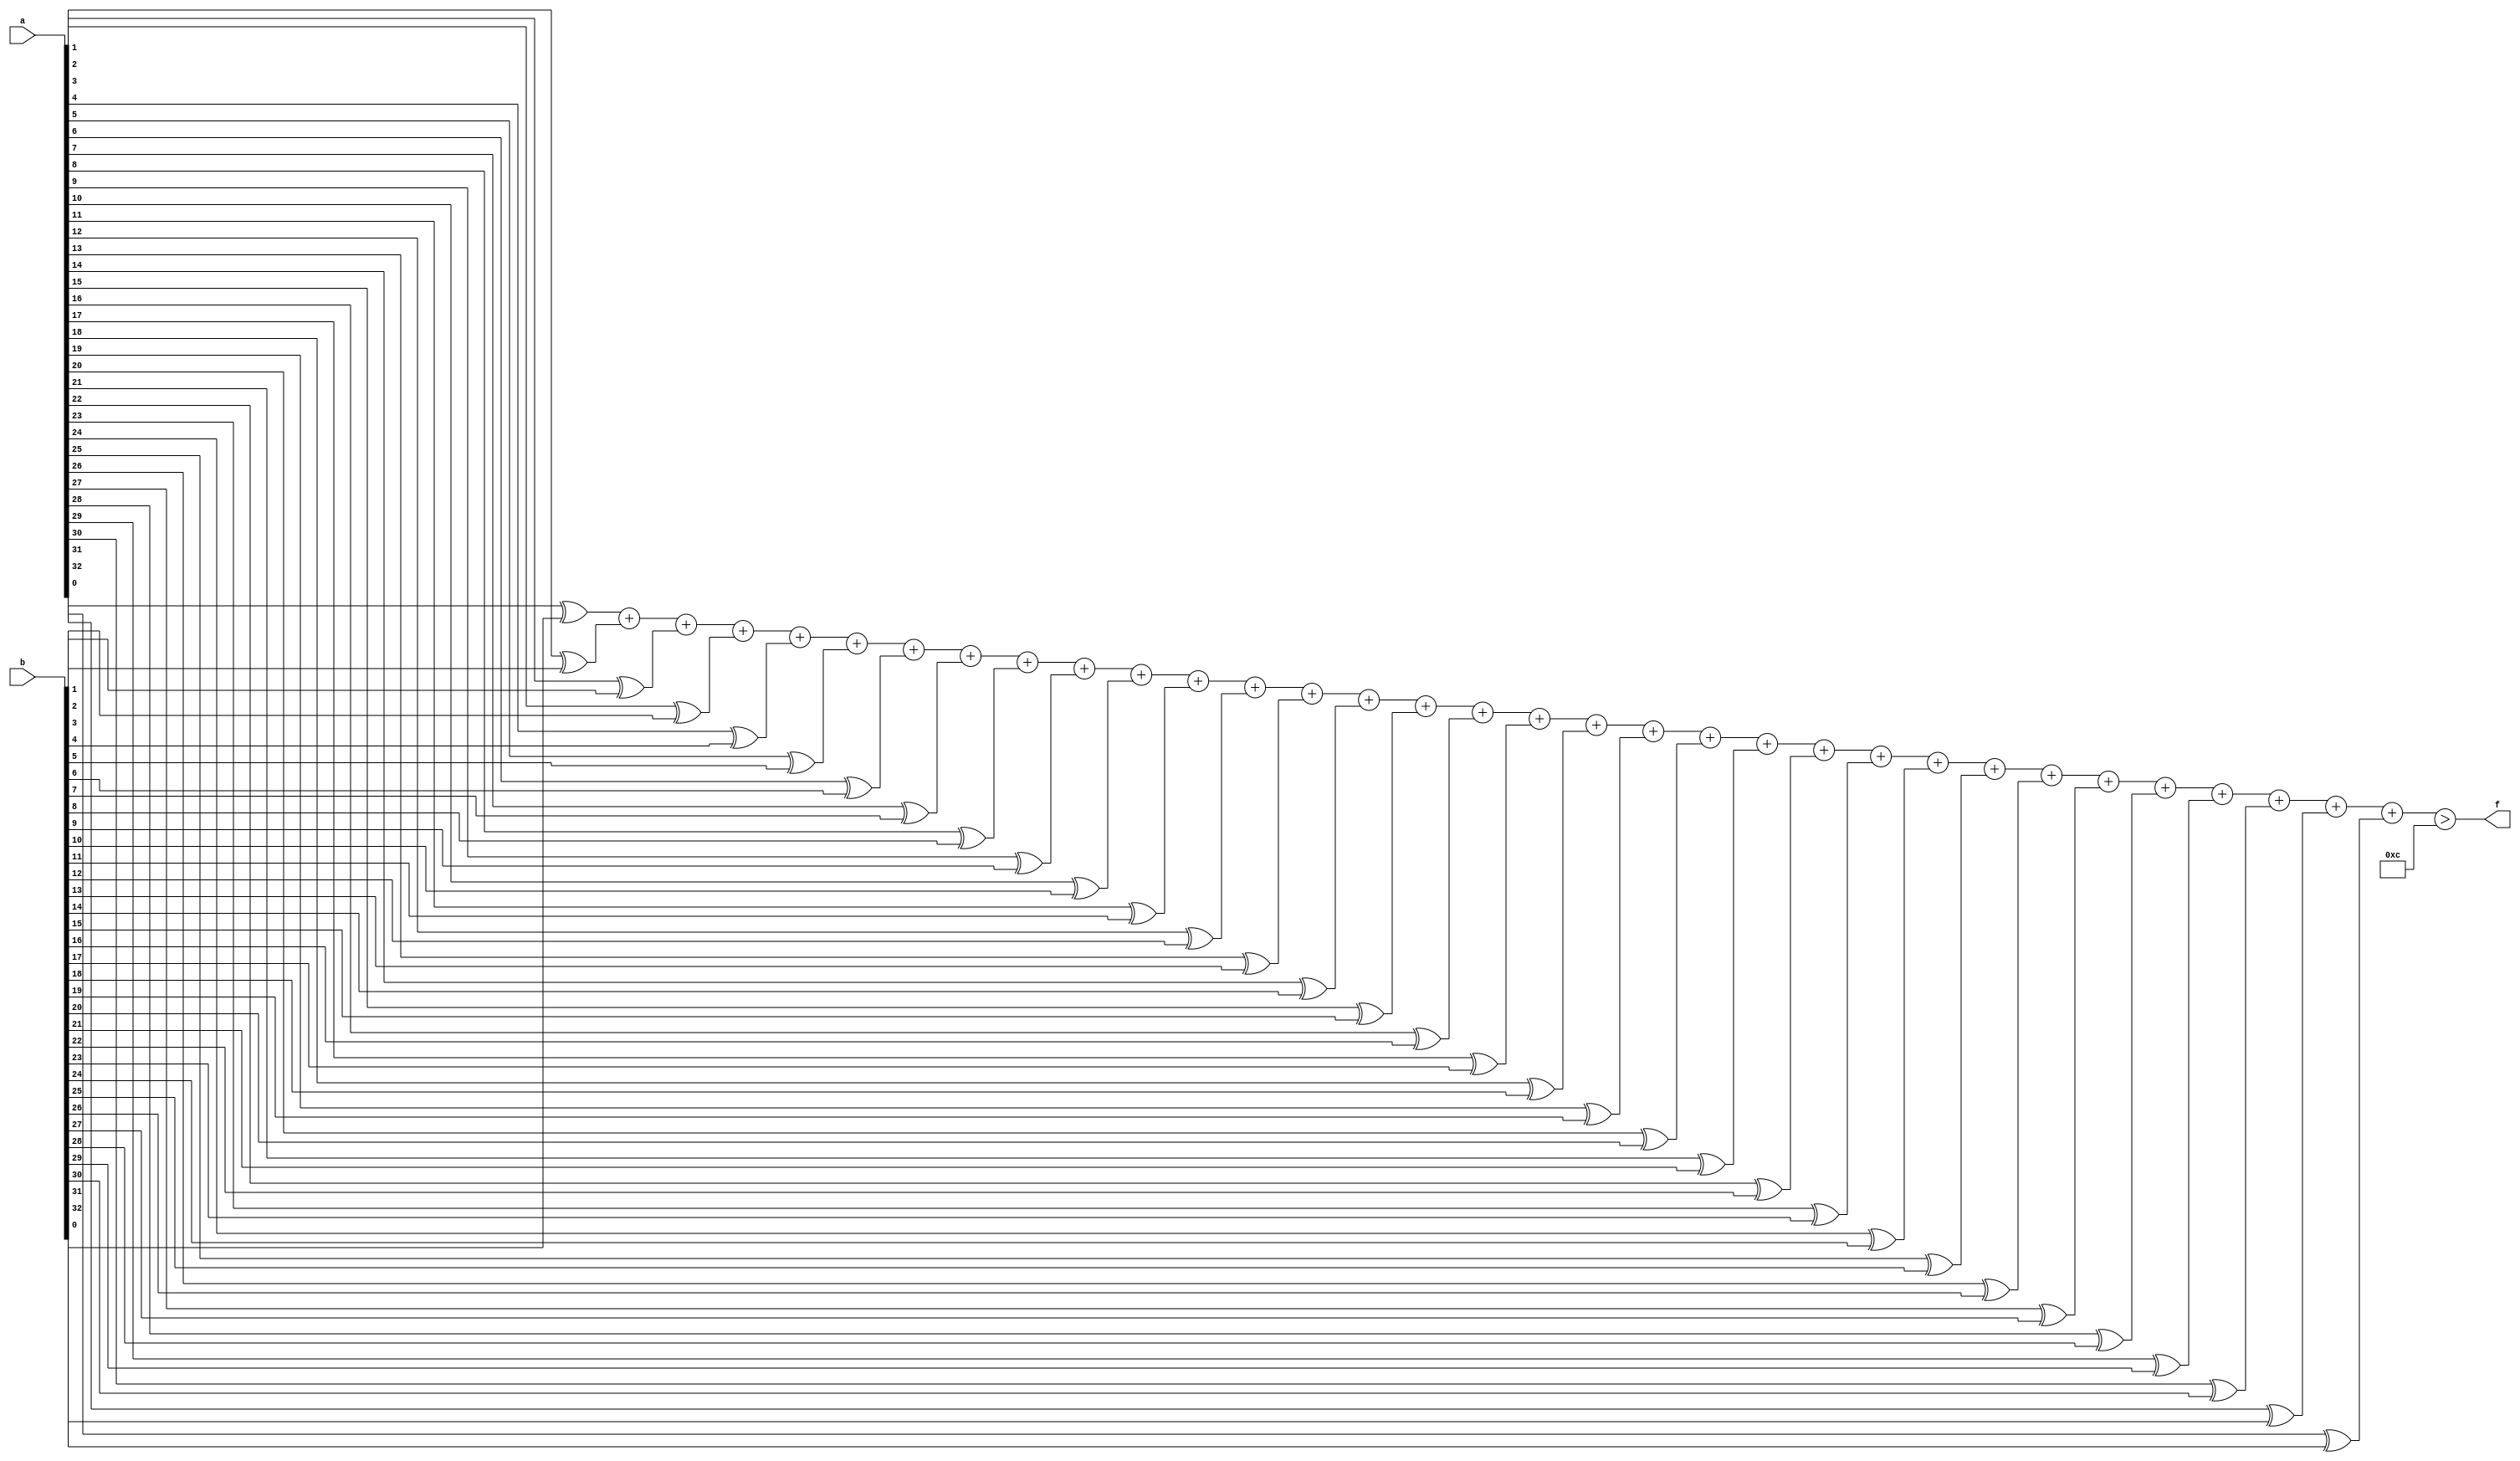
module mhd_mit(a, b, f);
parameter _bit = 33;
parameter mhd = 12;
input [_bit - 1: 0] a;
input [_bit - 1: 0] b;
output f;
wire [_bit - 1: 0] diff;
wire [6: 0] sum;
assign diff[0] = a[0] ^ b[0];
assign diff[1] = a[1] ^ b[1];
assign diff[2] = a[2] ^ b[2];
assign diff[3] = a[3] ^ b[3];
assign diff[4] = a[4] ^ b[4];
assign diff[5] = a[5] ^ b[5];
assign diff[6] = a[6] ^ b[6];
assign diff[7] = a[7] ^ b[7];
assign diff[8] = a[8] ^ b[8];
assign diff[9] = a[9] ^ b[9];
assign diff[10] = a[10] ^ b[10];
assign diff[11] = a[11] ^ b[11];
assign diff[12] = a[12] ^ b[12];
assign diff[13] = a[13] ^ b[13];
assign diff[14] = a[14] ^ b[14];
assign diff[15] = a[15] ^ b[15];
assign diff[16] = a[16] ^ b[16];
assign diff[17] = a[17] ^ b[17];
assign diff[18] = a[18] ^ b[18];
assign diff[19] = a[19] ^ b[19];
assign diff[20] = a[20] ^ b[20];
assign diff[21] = a[21] ^ b[21];
assign diff[22] = a[22] ^ b[22];
assign diff[23] = a[23] ^ b[23];
assign diff[24] = a[24] ^ b[24];
assign diff[25] = a[25] ^ b[25];
assign diff[26] = a[26] ^ b[26];
assign diff[27] = a[27] ^ b[27];
assign diff[28] = a[28] ^ b[28];
assign diff[29] = a[29] ^ b[29];
assign diff[30] = a[30] ^ b[30];
assign diff[31] = a[31] ^ b[31];
assign diff[32] = a[32] ^ b[32];
assign sum = diff[0] + diff[1] + diff[2] + diff[3] + diff[4] + diff[5] + diff[6] + diff[7] + diff[8] + diff[9] + diff[10] + diff[11] + diff[12] + diff[13] + diff[14] + diff[15] + diff[16] + diff[17] + diff[18] + diff[19] + diff[20] + diff[21] + diff[22] + diff[23] + diff[24] + diff[25] + diff[26] + diff[27] + diff[28] + diff[29] + diff[30] + diff[31] + diff[32];
assign f = (sum > mhd);
endmodule